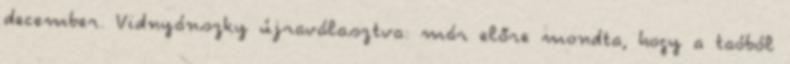
december. Vidnyánszky újraválasztva: már előre mondta, hogy a taóból